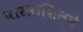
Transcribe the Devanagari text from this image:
वारसाशिल्पे